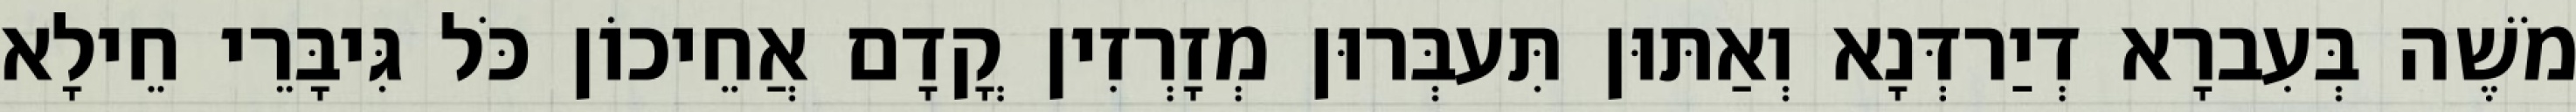
מֹשֶׁה בְּעִברָא דְיַרדְּנָא וְאַתּוּן תִּעבְּרוּן מְזָרְזִין קֳדָם אֲחֵיכוֹן כֹּל גִּיבָּרֵי חֵילָא